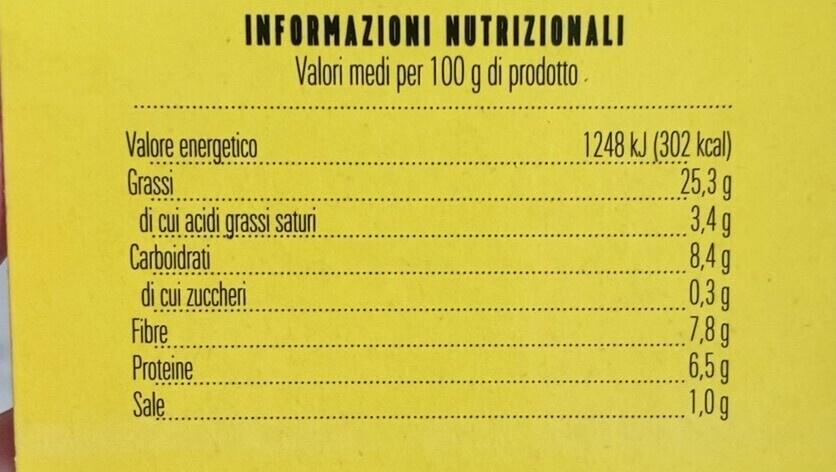
INFORMAZIONI NUTRIZIONALI Valori medi per 100 g di prodotto.
Valore energetico
Grassi
di cui acidi grassi saturi Carboidrati
di cui zuccheri
Fibre
Proteine Sale
1248 kJ (302 kcal)
25,3 g
3,4g
8,4g
0,3 g
7,8g
6,5 g
........,